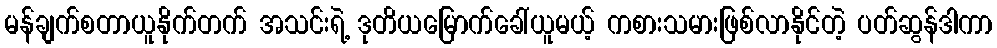
မန်ချက်စတာယူနိုက်တက် အသင်းရဲ့ ဒုတိယမြောက်ခေါ်ယူမယ့် ကစားသမားဖြစ်လာနိုင်တဲ့ ပတ်ဆွန်ဒါကာ